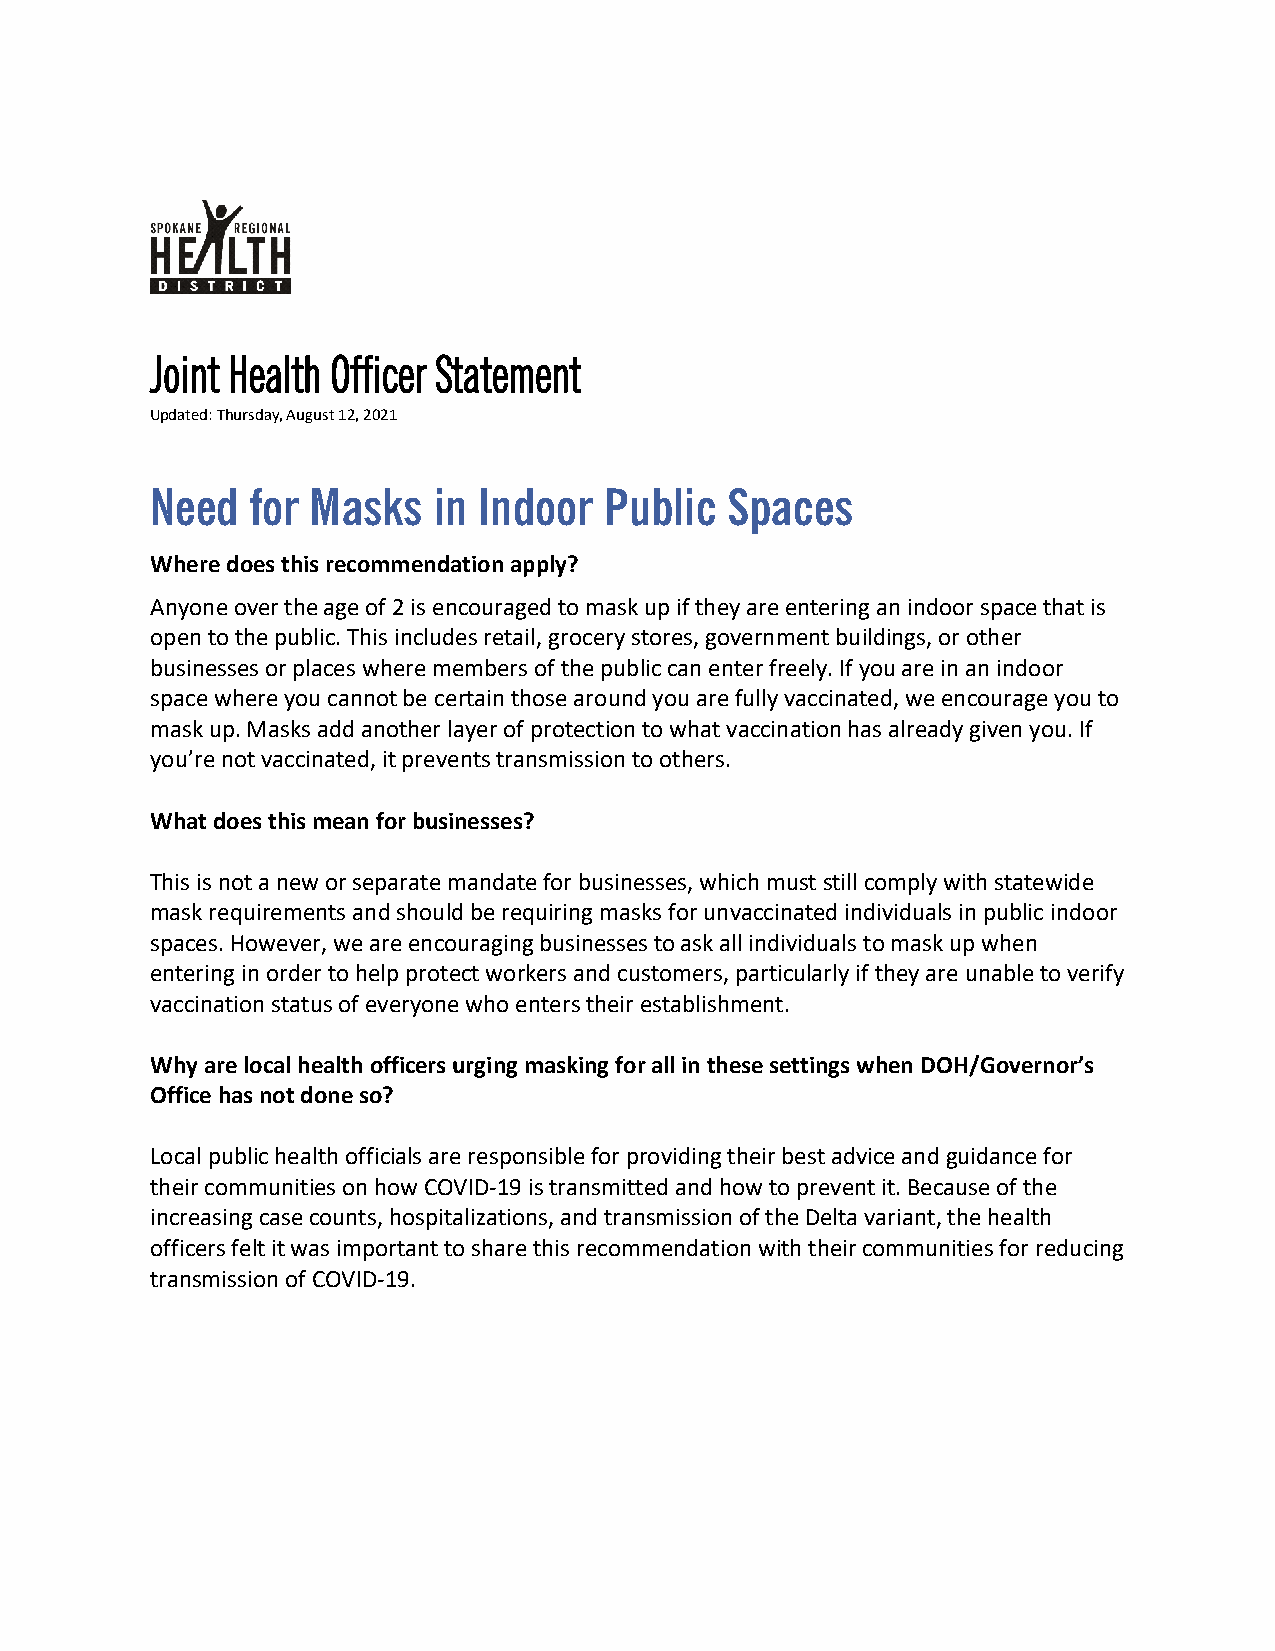
Joint Health Officer Statement
 Updated: Thursday, August 12, 2021
 Need   for Masks   in Indoor  Public  Spaces
 Where does this recommendation apply?
 Anyone over the age of 2 is encouraged to mask up if they are entering an indoor space that is
 open to the public. This includes retail, grocery stores, government buildings, or other
 businesses or places where members of the public can enter freely. If you are in an indoor
 space where you cannot be certain those around you are fully vaccinated, we encourage you to
 mask up. Masks add another layer of protection to what vaccination has already given you. If
 you’re not vaccinated, it prevents transmission to others.
 What does this mean for businesses?
 This is not a new or separate mandate for businesses, which must still comply with statewide
 mask requirements and should be requiring masks for unvaccinated individuals in public indoor
 spaces. However, we are encouraging businesses to ask all individuals to mask up when
 entering in order to help protect workers and customers, particularly if they are unable to verify
 vaccination status of everyone who enters their establishment.
 Why are local health officers urging masking for all in these settings when DOH/Governor’s
 Office has not done so?
 Local public health officials are responsible for providing their best advice and guidance for
 their communities on how COVID-19 is transmitted and how to prevent it. Because of the
 increasing case counts, hospitalizations, and transmission of the Delta variant, the health
 officers felt it was important to share this recommendation with their communities for reducing
 transmission of COVID-19.